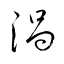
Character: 渦